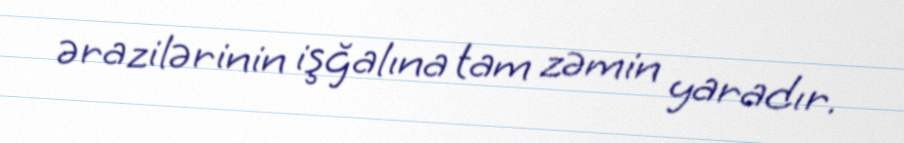
ərazilərinin işğalına tam zəmin yaradır.